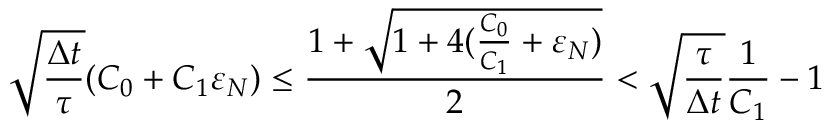
\sqrt { \frac { \Delta t } { \tau } } ( C _ { 0 } + C _ { 1 } \varepsilon _ { N } ) \le \frac { 1 + \sqrt { 1 + 4 ( \frac { C _ { 0 } } { C _ { 1 } } + \varepsilon _ { N } ) } } { 2 } < \sqrt { \frac { \tau } { \Delta t } } \frac { 1 } { C _ { 1 } } - 1